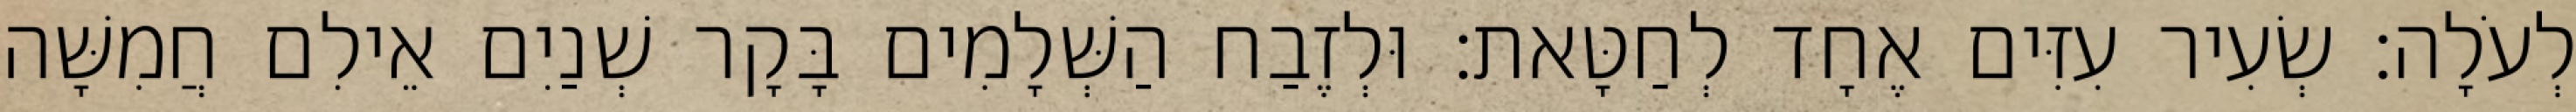
לְעֹלָה׃ שְׂעִיר עִזִּים אֶחָד לְחַטָּאת׃ וּלְזֶבַח הַשְּׁלָמִים בָּקָר שְׁנַיִם אֵילִם חֲמִשָּׁה